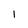
Character: 1